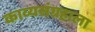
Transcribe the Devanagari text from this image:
काव्यसंग्रहाला